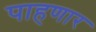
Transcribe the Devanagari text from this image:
पाहणार